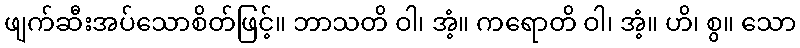
ဖျက်ဆီးအပ်သောစိတ်ဖြင့်။ ဘာသတိ ဝါ၊ အံ့။ ကရောတိ ဝါ၊ အံ့။ ဟိ၊ စွ။ သော